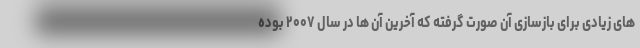
های زیادی برای بازسازی آن صورت گرفته که آخرین آن ها در سال ۲۰۰۷ بوده